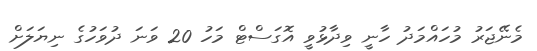
މެނޭޖަރު މުހައްމަދު ހާނީ ވިދާޅުވީ އޮގަސްޓް މަހު 20 ވަނަ ދުވަހުގެ ނިޔަލަށް